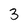
Character: 3